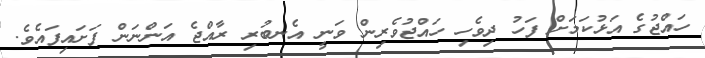
ހައްޖުގެ އަޅުކަމަށް ފަހު ދިވެހި ހައްޖުވެރިން ވަނީ އެނބުރި ރާއްޖެ އަންނަން ފަށައިފައެވެ.